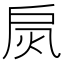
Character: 𢩂